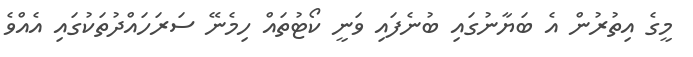
މީގެ އިތުރުން އެ ބަޔާނުގައި ބުނެފައި ވަނީ ކޯޓުތައް ހިމެނޭ ސަރަހައްދުތަކުގައި އެއްވެ